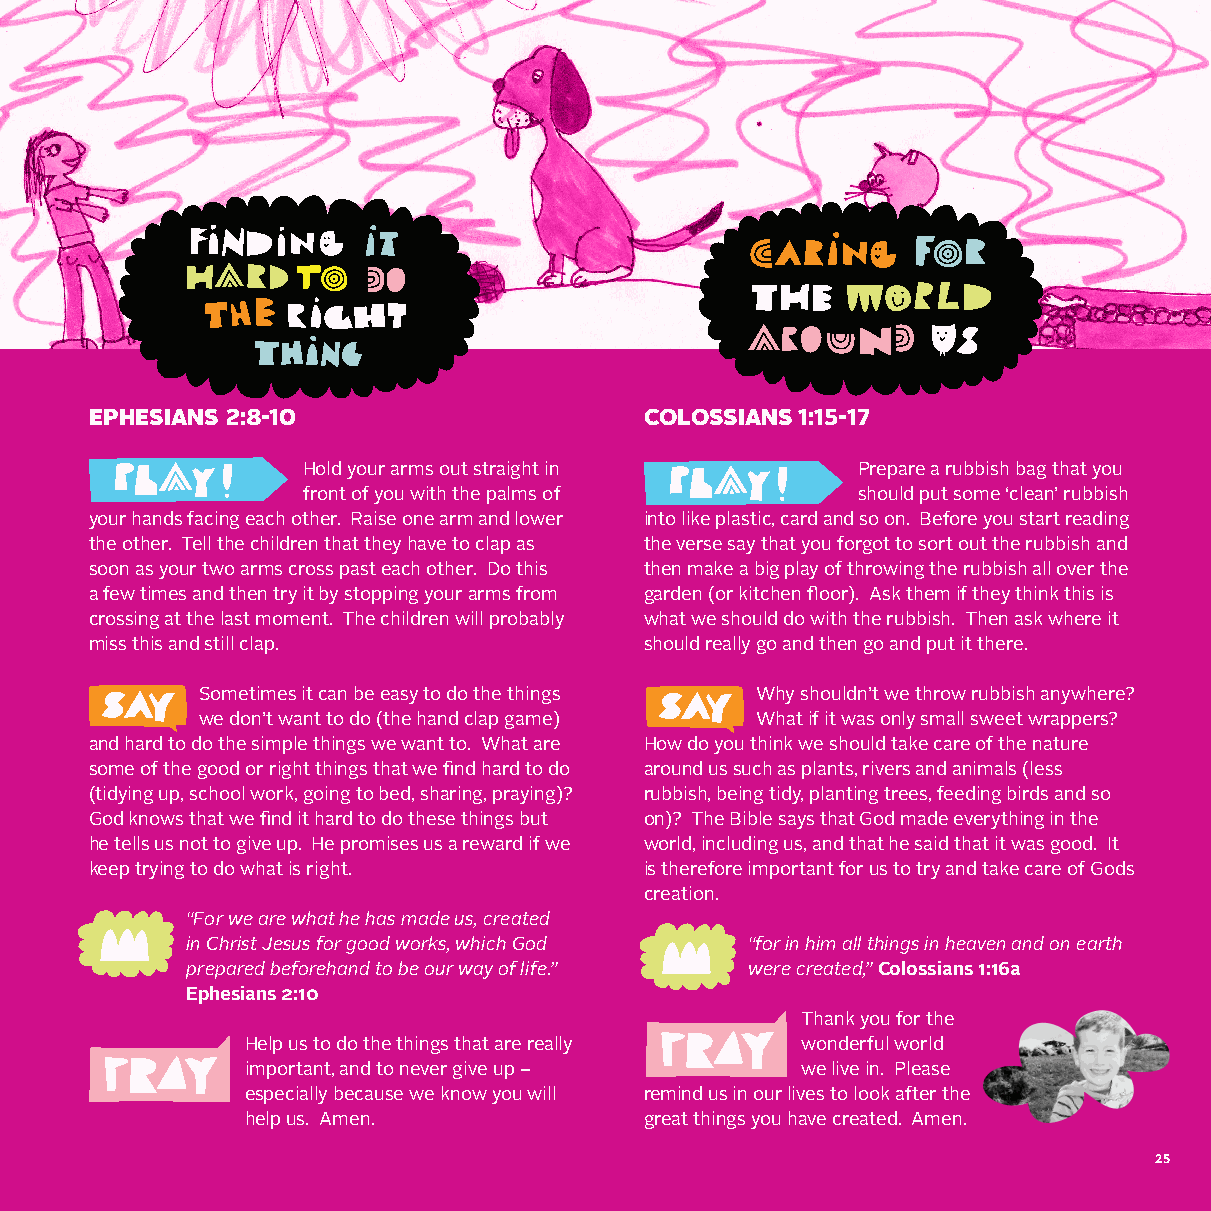
EPHESIANS 2:8-10                     COLOSSIANS 1:15-17
 Hold your arms out straight in       Prepare a rubbish bag that you
 front of you with the palms of       should put some ‘clean’ rubbish
 your hands facing each other. Raise one arm and lower into like plastic, card and so on. Before you start reading
 the other. Tell the children that they have to clap as the verse say that you forgot to sort out the rubbish and
 soon as your two arms cross past each other. Do this then make a big play of throwing the rubbish all over the
 a few times and then try it by stopping your arms from garden (or kitchen floor). Ask them if they think this is
 crossing at the last moment. The children will probably what we should do with the rubbish. Then ask where it
 miss this and still clap.            should really go and then go and put it there.
 Sometimes it can be easy to do the things Why shouldn’t we throw rubbish anywhere?
 we don’t want to do (the hand clap game) What if it was only small sweet wrappers?
 and hard to do the simple things we want to. What are How do you think we should take care of the nature
 some of the good or right things that we find hard to do around us such as plants, rivers and animals (less
 (tidying up, school work, going to bed, sharing, praying)? rubbish, being tidy, planting trees, feeding birds and so
 God knows that we find it hard to do these things but on)? The Bible says that God made everything in the
 he tells us not to give up. He promises us a reward if we world, including us, and that he said that it was good. It
 keep trying to do what is right.     is therefore important for us to try and take care of Gods
 creation.
 “For we are what he has made us, created
 in Christ Jesus for good works, which God “for in him all things in heaven and on earth
 prepared beforehand to be our way of life.” were created,” Colossians 1:16a
 Ephesians 2:10
 Thank you for the
 Help us to do the things that are really wonderful world
 important, and to never give up –    we live in. Please
 especially because we know you will remind us in our lives to look after the
 help us. Amen.             great things you have created. Amen.
 25